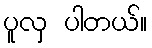
ပူလှ ပါတယ်။